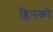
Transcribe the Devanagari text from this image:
ब्लिनको